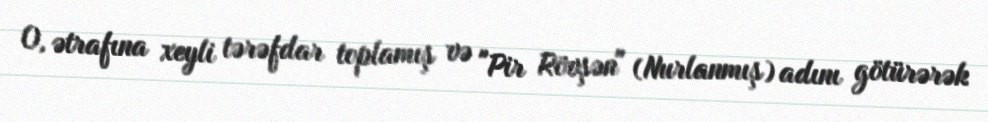
O, ətrafına xeyli tərəfdar toplamış və "Pir Rövşən" (Nurlanmış) adını götürərək